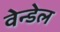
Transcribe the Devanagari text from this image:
वेन्डेल